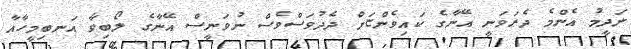
ނަދީމު އެންމެ ދެރަވަނީ އޭނާގެ ކައިވެންޏަށް ދެދުވަސްވެސް ނުވަނީސް އޭނާގެ ލޯބިވާ އަނބިމީހާއާ